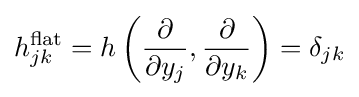
h_{jk}^{\mathrm {flat} }=h\left({\frac {\partial }{\partial y_{j}}},{\frac {\partial }{\partial y_{k}}}\right)=\delta _{jk}